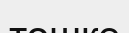
тәшке